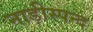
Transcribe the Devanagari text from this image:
नाड़ीस्पन्द